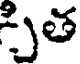
సత